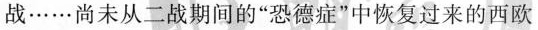
战……尚未从二战期间的”恐德症”中恢复过来的西欧